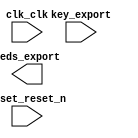

module unsaved (
	clk_clk,
	key_export,
	leds_export,
	reset_reset_n);	

	input		clk_clk;
	input	[3:0]	key_export;
	output	[5:0]	leds_export;
	input		reset_reset_n;
endmodule